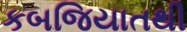
કબજિયાતથી